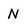
Character: N